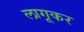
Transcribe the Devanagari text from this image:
लागूकर